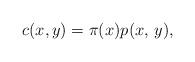
LaTeX: \begin{align*}c(x,y)=\pi(x)p(x, \, y) ,\end{align*}